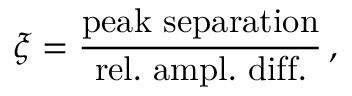
\xi = \frac { \mathrm { p e a k \ s e p a r a t i o n } } { \mathrm { r e l . \ a m p l . \ d i f f . } } \, ,